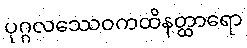
ပုဂ္ဂလဿေဝကထိနတ္ထာရော